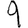
Digit: 9